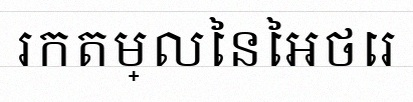
រកតម្លៃនៃអថេរ